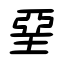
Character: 堊